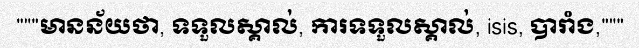
"""មានន័យថា, ទទួលស្គាល់, ការទទួលស្គាល់, isis, បារាំង,"""